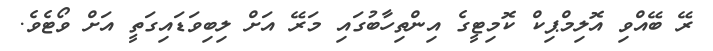
ރޭ ބޭއްވި އޮލިމްޕިކް ކޮމިޓީގެ އިންތިހާބުގައި މަރޭ އަށް ލިބިވަޑައިގަތީ އަށް ވޯޓެވެ.